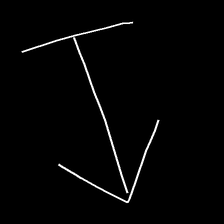
Glyph: levitation